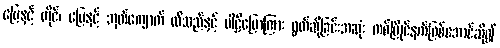
မြေနှင့် တိုင်၊ မြေနှင့် အုတ်ကျောက် ထိသည်နှင့် ပါဠိပြောကြား ရွတ်ဆိုခြင်းအဆုံး တစ်ပြိုင်နက်ဖြစ်အောင်ဆို၍